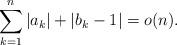
LaTeX: \begin{align*} \sum_{k=1}^n |a_{k}| + |b_k-1| =o(n).\end{align*}